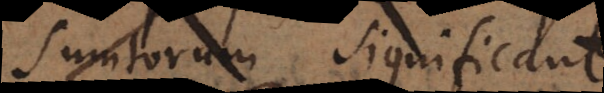
sumtorum significant